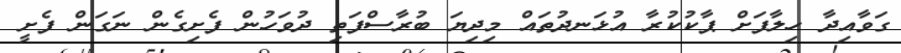
ގަވާއިދާ ހިލާފަށް ޕާކުކުރާ އުޅަނދުތައް މިދިޔަ ބުރާސްފަތި ދުވަހުން ފެށިގެން ނަގަން ފެށީ